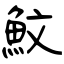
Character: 魰